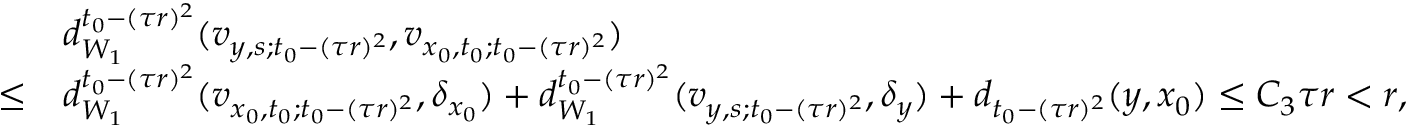
\begin{array} { r l } & { d _ { W _ { 1 } } ^ { t _ { 0 } - ( \tau r ) ^ { 2 } } ( v _ { y , s ; t _ { 0 } - ( \tau r ) ^ { 2 } } , v _ { x _ { 0 } , t _ { 0 } ; t _ { 0 } - ( \tau r ) ^ { 2 } } ) } \\ { \le } & { d _ { W _ { 1 } } ^ { t _ { 0 } - ( \tau r ) ^ { 2 } } ( v _ { x _ { 0 } , t _ { 0 } ; t _ { 0 } - ( \tau r ) ^ { 2 } } , \delta _ { x _ { 0 } } ) + d _ { W _ { 1 } } ^ { t _ { 0 } - ( \tau r ) ^ { 2 } } ( v _ { y , s ; t _ { 0 } - ( \tau r ) ^ { 2 } } , \delta _ { y } ) + d _ { t _ { 0 } - ( \tau r ) ^ { 2 } } ( y , x _ { 0 } ) \le C _ { 3 } \tau r < r , } \end{array}